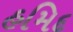
હમિદ